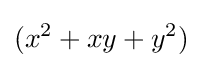
(x^{2}+xy+y^{2})